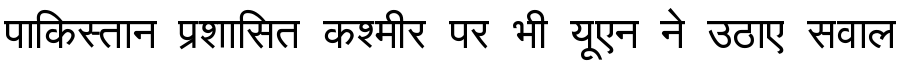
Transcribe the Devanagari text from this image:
पाकिस्तान प्रशासित कश्मीर पर भी यूएन ने उठाए सवाल